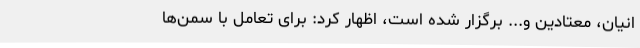
انیان، معتادین و... برگزار شده است، اظهار کرد: برای تعامل با سمن‌ها